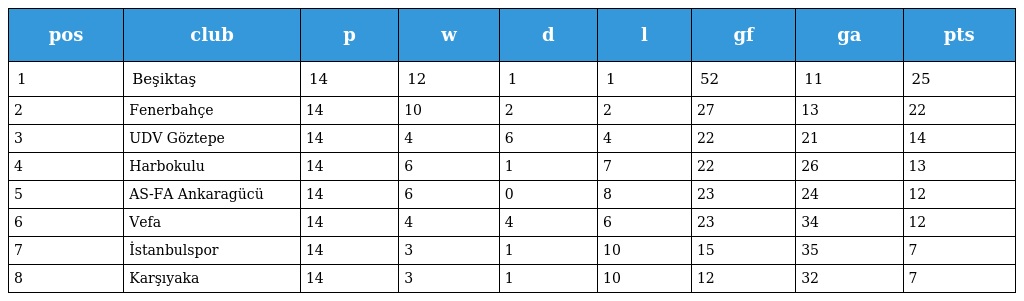
| pos | club | p | w | d | l | gf | ga | pts |
 | --- | --- | --- | --- | --- | --- | --- | --- | --- |
 | 1 | Beşiktaş | 14 | 12 | 1 | 1 | 52 | 11 | 25 |
 | 2 | Fenerbahçe | 14 | 10 | 2 | 2 | 27 | 13 | 22 |
 | 3 | UDV Göztepe | 14 | 4 | 6 | 4 | 22 | 21 | 14 |
 | 4 | Harbokulu | 14 | 6 | 1 | 7 | 22 | 26 | 13 |
 | 5 | AS-FA Ankaragücü | 14 | 6 | 0 | 8 | 23 | 24 | 12 |
 | 6 | Vefa | 14 | 4 | 4 | 6 | 23 | 34 | 12 |
 | 7 | İstanbulspor | 14 | 3 | 1 | 10 | 15 | 35 | 7 |
 | 8 | Karşıyaka | 14 | 3 | 1 | 10 | 12 | 32 | 7 |